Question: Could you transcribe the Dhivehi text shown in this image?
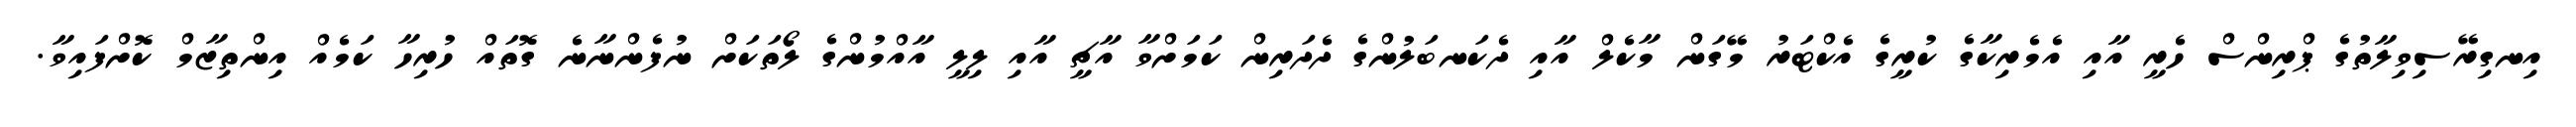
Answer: އިނގިރޭސިވިލާތުގެ ޕްރިންސް ހެރީ އާއި އެމެރިކާގެ ކުރީގެ އެކްޓަރު މޭގަން މާކެލް އާއި ދެކަނބަލުންގެ ދެދަރިން ކަމަށްވާ އާޗީ އާއި ލިލީ އާއްމުންގެ ލޯތަކަށް ނުފެންނާނެ ގޮތައް ހުރިހާ ކަމެއް އިންތިޒާމް ކޮށްފައިވާ.